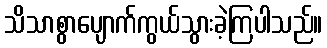
သိသာစွာပျောက်ကွယ်သွားခဲ့ကြပါသည်။